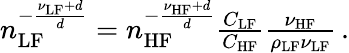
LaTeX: \begin{array}{r}{n_{\mathrm{LF}}^{-\frac{\nu_{\mathrm{LF}}+d}{d}}=n_{\mathrm{HF}}^{-\frac{\nu_{\mathrm{HF}}+d}{d}}\frac{C_{\mathrm{LF}}}{C_{\mathrm{HF}}}\frac{\nu_{\mathrm{HF}}}{\rho_{\mathrm{LF}}\nu_{\mathrm{LF}}}\, .}\end{array}